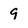
Character: 9